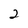
Character: 2